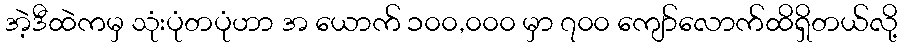
အဲ့ဒီထဲကမှ သုံးပုံတပုံဟာ အ ယောက် ၁၀၀,၀၀၀ မှာ ၇၀၀ ကျော်လောက်ထိရှိတယ်လို့